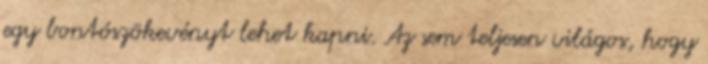
egy bontószökevényt lehet kapni. Az sem teljesen világos, hogy